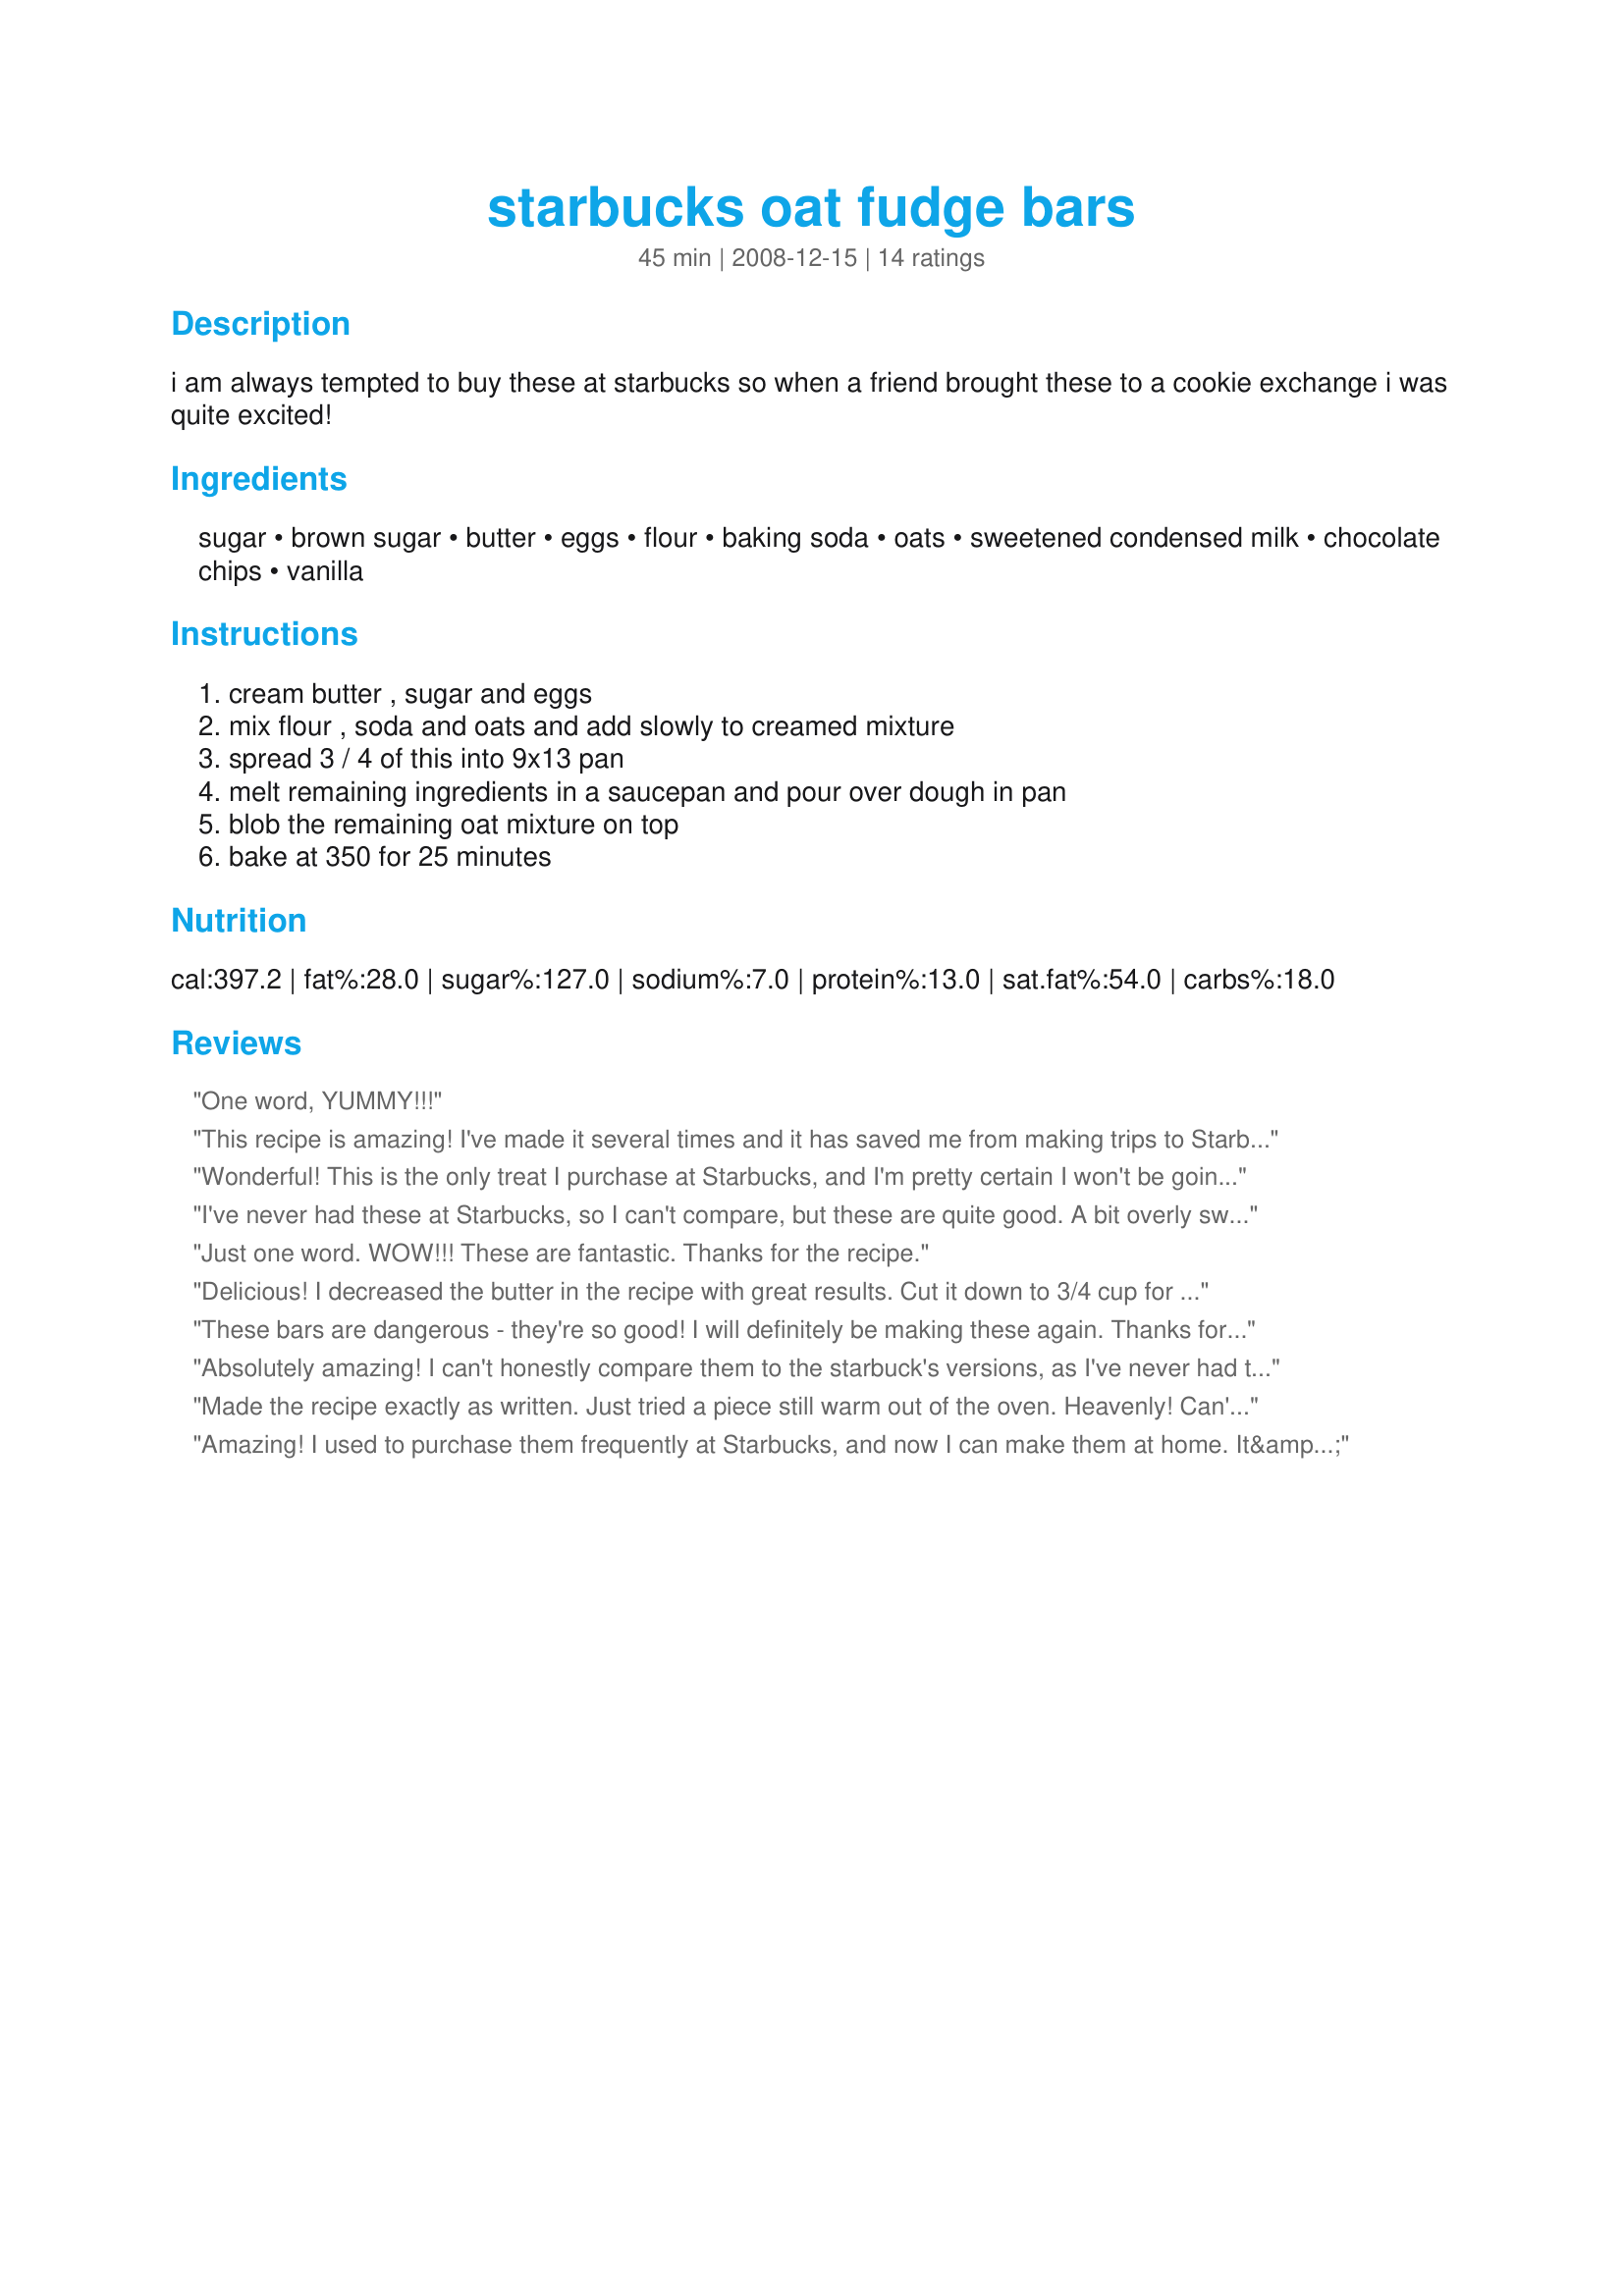
starbucks oat fudge bars
Preparation time: 45 minutes

i am always tempted to buy these at starbucks so when a friend brought these to a cookie exchange i was quite excited!

Ingredients:
sugar, brown sugar, butter, eggs, flour, baking soda, oats, sweetened condensed milk, chocolate chips, vanilla

Steps:
cream butter , sugar and eggs, mix flour , soda and oats and add slowly to creamed mixture, spread 3 / 4 of this into 9x13 pan, melt remaining ingredients in a saucepan and pour over dough in pan, blob the remaining oat mixture on top, bake at 350 for 25 minutes

Reviews:
One word, YUMMY!!!
This recipe is amazing! I've made it several times and it has saved me from making trips to Starbucks. To make them even more amazing (yep, didn't think it was possible) I used pure Organic Tahitian Vanilla Extract (generously overflowing the spoon) and my secret to making the fudge: a sprinkle of instant espresso powder in the chocolate mix (1/4 -1/2 teaspoon), just like you would in brownies, coffee enhances the flavour of fudge! <br/><br/>Make sure you press the mixture firmly in the pan (I slightly greased it by rubbing the butter wrapper in the pan), and also when adding the remaining mixture on top of the fudge, I pressed it firmly in to little circles that touch each other on the ends, that way it stays flat and I don't run out. Once it completely cools, cut into small squares (2x2) and freeze them! They taste better the next day when they're completely cooled. ENJOY!
Wonderful! This is the only treat I purchase at Starbucks, and I'm pretty certain I won't be going back there for a long time. The oat fudge bars taste even better the next day after it has cooled. The oat base is delectably chewy. I experienced some crumbling when cutting it but maybe that's just me. Definitely worth trying, and making again! Thank you for the recipe!
I've never had these at Starbucks, so I can't compare, but these are quite good. A bit overly sweet for my tastes, definitely very rich. I'll definitely make again, but I'll remember to cut them small. Most of these will go in the freezer and be doled out in small portions.
Just one word. WOW!!! These are fantastic. Thanks for the recipe.
Delicious! I decreased the butter in the recipe with great results. Cut it down to 3/4 cup for main batter and 1/4 cup for filling.
These bars are dangerous - they're so good! I will definitely be making these again. Thanks for sharing your recipe!
Absolutely amazing!
I can't honestly compare them to the starbuck's versions, as I've never had them, but these bars were FANTASTIC.
Followed everything according to instructions, though I came up a little short for the topping, so I covered the remaining space with some oatmeal mixed with brown sugar(they came out good in that corner too.)
Definitely more rich when they first come out of the oven, and I ended up going through a large glass of milk for a 3" square. So yummy, will make again some time soon.
Thanks for posting!
Made the recipe exactly as written. Just tried a piece still warm out of the oven. Heavenly! Can't wait to try another when it cools. This will be a great hit at church brunch tomorrow morning! I agree with the comments about flattening the dough out on the top to make it easier to cut.
Amazing! I used to purchase them frequently at Starbucks, and now I can make them at home. It&#039;s surprising how the taste is exactly the same, even slightly better with the home version! It is true they are better when they are cooled, but even better when they are at room temperature! Thanks for the recipe!
Well these are one of my favorites from Starbucks and I truely thought they were even a bit better than Starbucks-especially the next day. I have made them twice now and froze part of a batch, though I ended up defrosting them that night...they go fast!!! Thanks for posting.
This recipe is VERY YUMMY! Very easy too make. I didn't think it was too sweet or not enough sweet. Perfect. I would however like more of the topping. Has anyone made it with extra topping?
I've never had these from Starbucks but I can tell you they are very fudgy, very sweet, and very good. My GS walked out of here with half the batch and between my husband and Carly the other half was all but gone that same day. Lucky me, I did get a sample piece but that's OK, that's about all my hips can handle anyway. Made for New KIds on the Block. TFS!
How come my oat base at the bottom turned out to be cakelike instead of dense and fudgy like starbucks?
